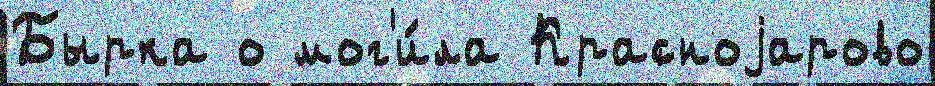
Бырка о мог'и́ла Красноjарово